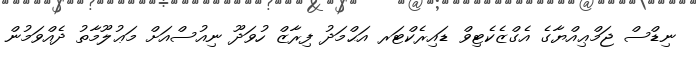
ނިޑްސް ޖަމްޢިއްޔާގެ އެގްޒެކެޓިވް ޑައިރެކްޓަރ އަޙްމަދު ފިރާޒް ހުވަދޫ ނިއުސްއަށް މަޢުލޫމާތު ދެއްވަމުން